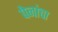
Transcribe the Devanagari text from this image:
पेनांचा